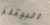
البيتلز